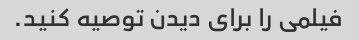
فیلمی را برای دیدن توصیه کنید.